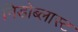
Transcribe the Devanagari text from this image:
निडोब्लास्ट